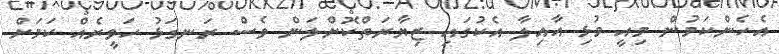
އެހެންކަމުން މިއީ މުޅި އާއިލާ އެކުގައި ޒިޔާރަތްކޮށްލަން ވެސް ރަނގަޅު ހަވީރެއް ކަމަށް